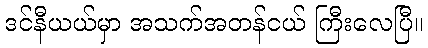
ဒင်နီယယ်မှာ အသက်အတန်ငယ် ကြီးလေပြီ။